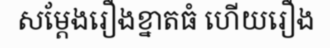
សម្តែងរឿងខ្នាតធំ ហើយរឿង